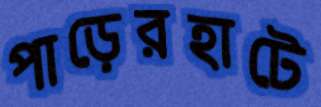
পাড়েরহাটে